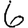
Digit: 6